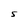
Character: S